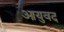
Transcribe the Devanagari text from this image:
आयुवद